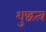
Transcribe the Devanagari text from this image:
शुद्धत्व